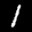
Label: 1